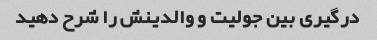
درگیری بین جولیت و والدینش را شرح دهید